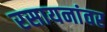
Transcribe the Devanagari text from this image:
रसायनांवर